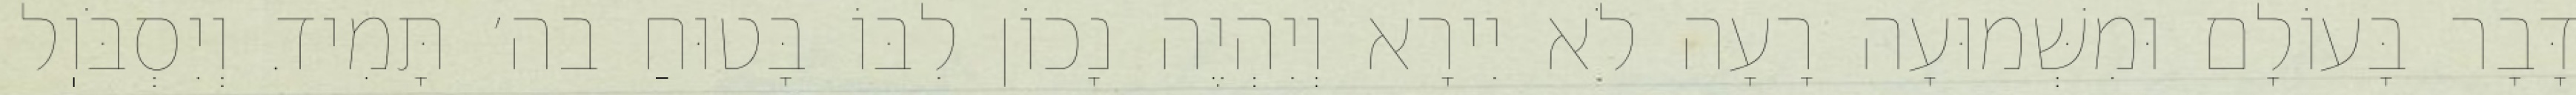
דָּבָר בָּעוֹלָם וּמִשְּׁמוּעָה רָעָה לֹא יִירָא וְיִהְיֶה נָכוֹן לִבּוֹ בָּטוּחַ בה׳ תָּמִיד. וְיִסְבֹּוֽל